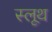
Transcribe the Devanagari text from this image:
स्लूथ